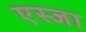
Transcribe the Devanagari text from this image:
एस्जा